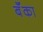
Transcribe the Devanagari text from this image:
बॅँका